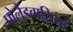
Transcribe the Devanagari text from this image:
पोलैंडवासियों